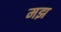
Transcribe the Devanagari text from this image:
मझ